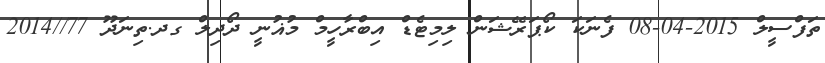
ތަފްސީލް 2015-04-08 ފެނަކަ ކޯޕަރޭޝަން ލިމިޓެޑް އިބްރާހީމް މުޣުނީ ދޯދިލް ގދ.ތިނަދޫ 77//2014